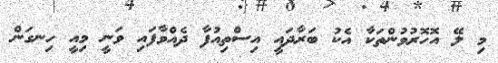
މި ލޭ އޮހޮރުވުންތަކާ އެކު ބަރާދައީ އިސްތިއުފާ ދެއްވާފައި ވަނީ މިއީ ހިނގަން